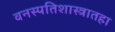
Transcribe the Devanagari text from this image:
वनस्पतिशास्त्रातहा